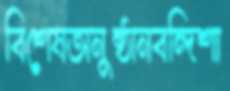
বিশেষঅনুষ্ঠানবন্দিশা